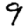
Digit: 9